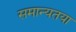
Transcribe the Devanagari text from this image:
समान्यतया